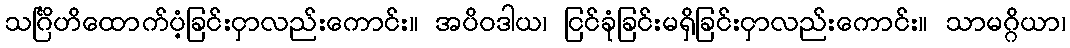
သင်္ဂြိဟိထောက်ပံ့ခြင်းငှာလည်းကောင်း။ အပိဝဒါယ၊ ငြင်ခုံခြင်းမရှိခြင်းငှာလည်းကောင်း။ သာမဂ္ဂိယာ၊